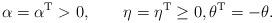
LaTeX: \begin{align*}\alpha=\alpha^{\mathrm{T}}>0,\qquad\eta=\eta^{\mathrm{T}}\geq0,\theta^{\mathrm{T}}=-\theta. \end{align*}